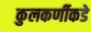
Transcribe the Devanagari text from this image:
कुलकर्णीकडे